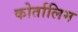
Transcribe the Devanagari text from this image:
कोर्तालिम